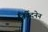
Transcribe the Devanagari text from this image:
निर्वेदनेन